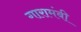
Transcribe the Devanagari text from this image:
गारामंबी